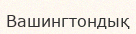
Вашингтондық